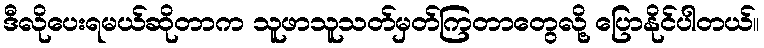
ဒီလိုပေးရမယ်ဆိုတာက သူဖာသူသတ်မှတ်ကြတာတွေလို့ ပြောနိုင်ပါတယ်။